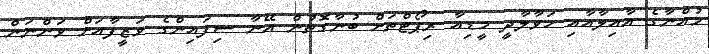
މުއްނާގެ އާއިލާއާއި ހަވާލާދީ މީޑިއާ ރިޕޯޓްތަށް ބުނާގޮތުން އޭނާ ސިފައިންގެ ވަޒީފާއަަށް ވަންނަން